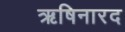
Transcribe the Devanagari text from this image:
ऋषिनारद